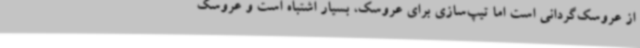
از عروسک‌گردانی است اما تیپ‌سازی برای عروسک، بسیار اشتباه است و عروسک